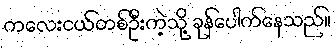
ကလေးငယ်တစ်ဦးကဲ့သို့ ခုန်ပေါက်နေသည်။